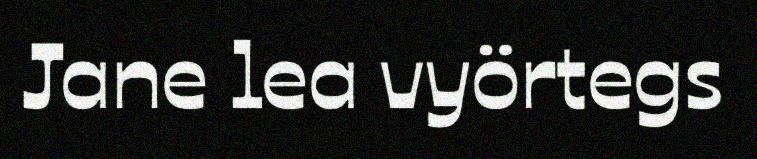
Jane lea vyörtegs